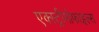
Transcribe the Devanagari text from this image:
एक्स्ट्रीमोफाइल्स